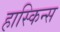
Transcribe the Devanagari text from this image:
हास्किन्स